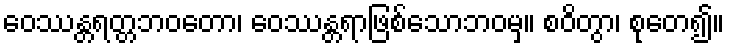
ဝေဿန္တရတ္တဘဝတော၊ ဝေဿန္တရာဖြစ်သောဘဝမှ။ စဝိတွာ၊ စုတေ၍။